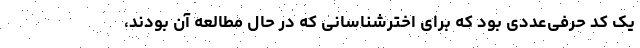
یک کد حرفی‌عددی بود که برای اخترشناسانی که در حال مطالعه آن بودند،